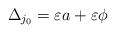
LaTeX: \begin{align*}\Delta _{j_{0}}=\varepsilon a+\varepsilon \phi \end{align*}